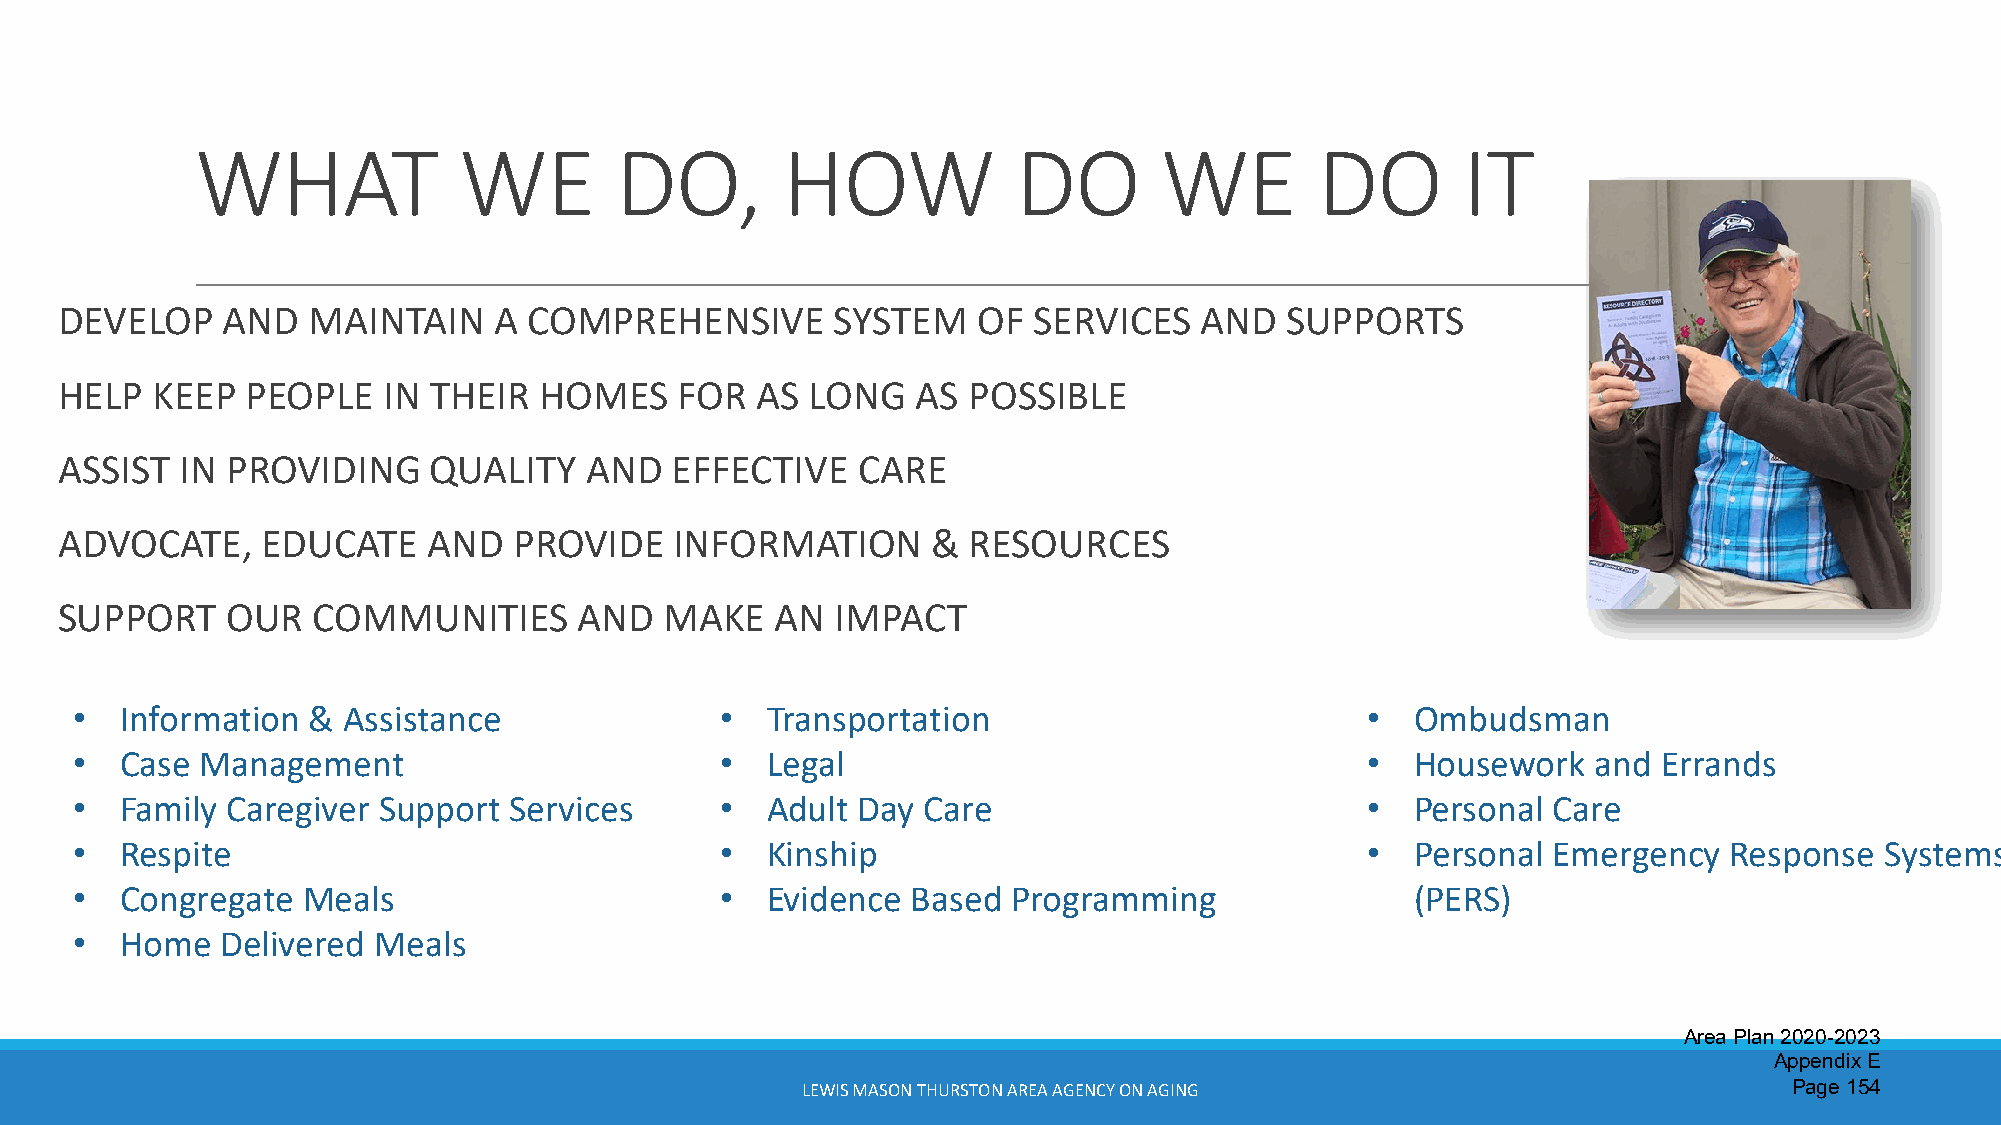
WHAT             WE         DO,        HOW            DO        WE        DO        IT
 DEVELOP    AND  MAINTAIN     A COMPREHENSIVE       SYSTEM    OF SERVICES   AND   SUPPORTS
 HELP  KEEP  PEOPLE   IN THEIR   HOMES    FOR  AS  LONG   AS POSSIBLE
 ASSIST  IN PROVIDING    QUALITY    AND  EFFECTIVE    CARE
 ADVOCATE,    EDUCATE    AND   PROVIDE    INFORMATION      & RESOURCES
 SUPPORT    OUR   COMMUNITIES      AND   MAKE   AN  IMPACT
 •  Information &  Assistance               •  Transportation                         •   Ombudsman
 •  Case Management                         •  Legal                                  •   Housework   and Errands
 •  Family Caregiver Support  Services      •  Adult Day Care                         •   Personal Care
 •  Respite                                 •  Kinship                                •   Personal Emergency  Response   Systems
 •  Congregate  Meals                       •  Evidence Based  Programming                (PERS)
 •  Home   Delivered Meals
 Area Plan 2020-2023
 Appendix E
 LEWIS MASON THURSTON AREA AGENCY ON AGING                         Page 154